Report of the Municipal Commissioner on the plague in Bombay for the year ending 31st May... - Volume 2
Disease focus: Plague
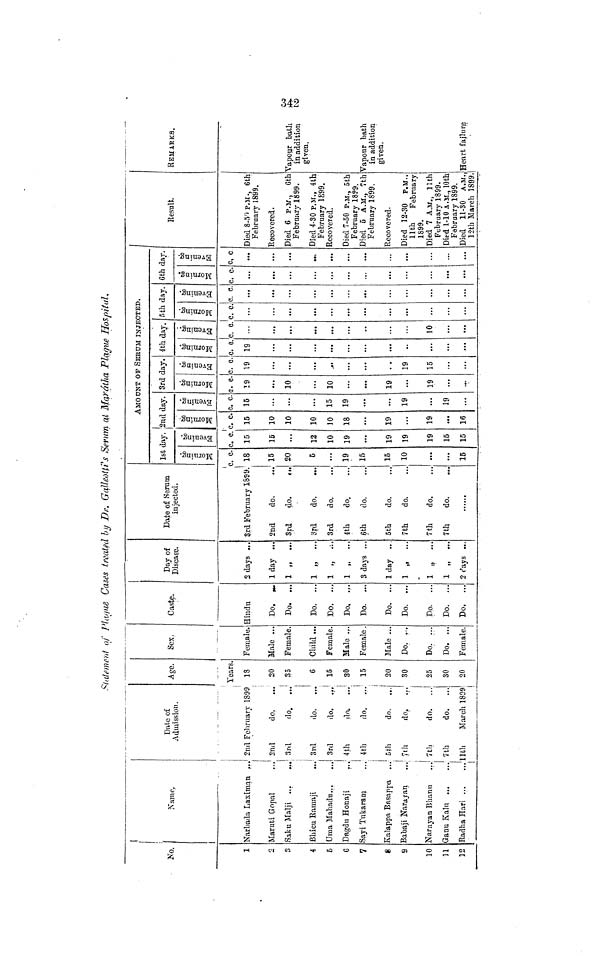
Statement of Plague Cases treated by Dr. Galleolti's Serum at Marátha Plague Hospital.
No.
1
3
4
6
6
7
8
9
10
11
12
Name.
Narbada Laximan ...
Maruti Gopal
Saku Malji
Bhicu Ramaji.
Uma Mahadu...
Dagdu Honaji
Sayi Tukaram
Kalappa Basappa
Babaji Narayan
Narayan Bhanu
Ganu Kalu
Radha Hari
Date of
Admission.
2nd February 1899
2nd
do.
3rd
do.
3rd
do.
3rd
do.
4th
do. ...
4th
do. ...
5th
do. ...
7th
do.
7th
do.
7th
do.
11th
March 1809
Age.
Years.
18
20
35
6
15
30
15
20
30
25
30
20
Sex.
Female.
Male ...
Female.
Child ...
Female.
Male ...
Female.
Male ...
Do. ...
Do. ...
Do. ...
Female.
Caste.
Hindu
Do. ...
Do. ...
Do. ...
Do. ...
Do. ...
Do. ...
Do. ...
Do. ...
Do. ...
Do. ...
Do. ...
Day of
Disease.
2 days ...
1 day ...
1 „ ...
1 „ ...
1 „ ...
1 „ ...
3 days ...
1 day ..
1 „ ...
1 „ ...
1 ,, ...
2 days ...
Date of Serum
injected.
3rd February 1899.
2nd
do.
3rd
do.
...
3rd
do.
3rd
do.
4th
do.
6th
do.
5th
do.
7th
do.
7th
do.
7th
do.
1st day.
Morning
c. c.
18
15
20
5
...
19
15
15
10
15
Evening.
c. c.
15
15
...
12
10
19
19
19
19
15
15
AMOUNT OF SEBUM INJECTED.
2nd day.
Morning.
c. c.
15
10
10
10
10
18
19
...
19
...
16
Evening
c. c.
15
15
19
...
19
...
19
3rd day.
Morning
c. c.
19
10
10
19
...
19
Evening.
c. c.
19
19
15
4th day.
Morning.
c. c.
19
...
Evening.
c. c.
10
5th day.
Morning.
c. c.
Evening.
c. c.
6th day.
Morning.
c. c
Evening.
c. c.
...
...
Result.
Died 8.50 P.M., 6th
February 1899.
Recovered.
Died 6 P.M., 6th
February 1899.
Died 4.80 P.M., 4th
February 1899.
Recovered.
Died 7.50 P.M., 5th
February 1899.
Died 5 A.M., 7th
February 1899.
Recovered.
Died 12-30 P.M.,
11th
February
1899.
Died 7 A.M., 11th
February 1899.
Died 1-10 A.M., 10th
February 1899.
Died 11-30 A.M.
12th March 1899.
REMARKS.
Vapour bath
in addition
given.
Vapour bath
in addition
given,
Heart failure
342